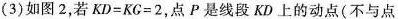
(3)如图2，若$$K D = K G = 2$$，点P是线段KD上的动点(不与点